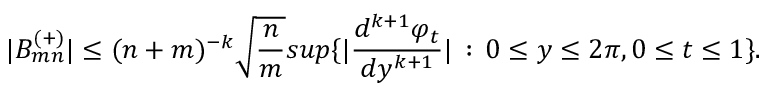
| B _ { m n } ^ { ( + ) } | \leq ( n + m ) ^ { - k } \sqrt { { \frac { n } { m } } } s u p \{ | { \frac { d ^ { k + 1 } \varphi _ { t } } { d y ^ { k + 1 } } } | \, : \, 0 \leq y \leq 2 \pi , 0 \leq t \leq 1 \} .